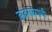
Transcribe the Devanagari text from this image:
डावलल्याची